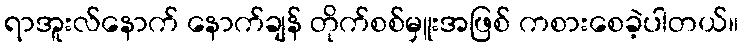
ရာအူးလ်နောက် နောက်ချန် တိုက်စစ်မှူးအဖြစ် ကစားစေခဲ့ပါတယ်။